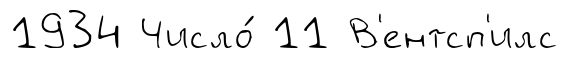
1934 Число́ 11 В'ентсп'илс